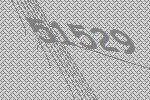
51529